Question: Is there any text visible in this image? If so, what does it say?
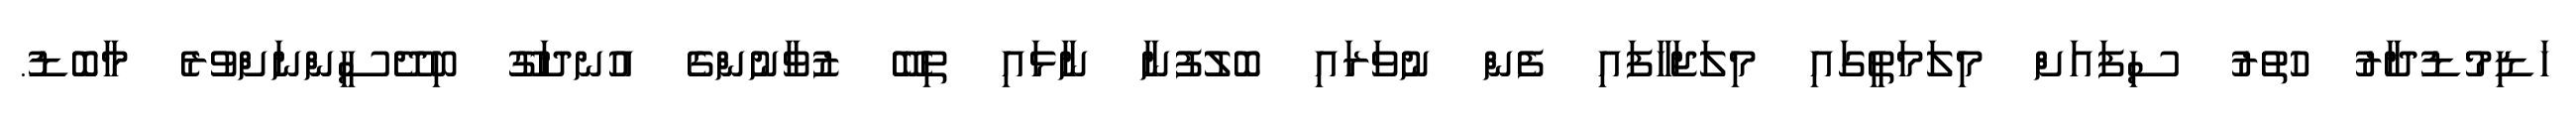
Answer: ހަޑިމުޑުދާރު ހުތުރު ސިފައަށް މިލަމަތީގައި މިލަޖަހާފައި ފެން ނުވަރައި ބޮލުފުނާ ނާޅައި ތިބޭ ޒުވާނުންގެ އުނދަގޫ ބިދޭސީންނަށްވުރެ މާބޮޑު.